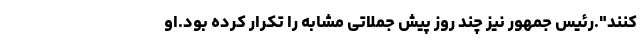
کنند".رئیس جمهور نیز چند روز پیش جملاتی مشابه را تکرار کرده بود.او